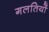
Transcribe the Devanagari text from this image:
गलतियों